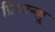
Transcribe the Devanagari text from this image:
प्रियान्शू